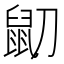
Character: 𪔹